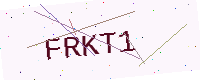
Text: FRKT1